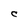
Character: C